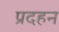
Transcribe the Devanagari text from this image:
प्रदहन